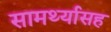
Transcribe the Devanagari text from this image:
सामर्थ्यासह